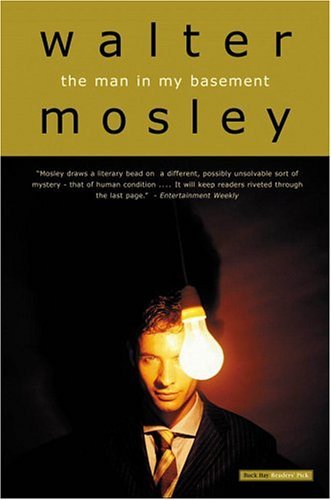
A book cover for The Man in My Basement: A Novel; Walter Mosley; Mystery, Thriller & Suspense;